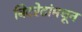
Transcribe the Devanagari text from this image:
बिटरेटांमधून